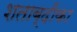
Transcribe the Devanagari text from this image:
शताब्दीका